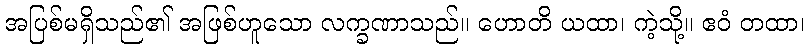
အပြစ်မရှိသည်၏ အဖြစ်ဟူသော လက္ခဏာသည်။ ဟောတိ ယထာ၊ ကဲ့သို့။ ဧဝံ တထာ၊